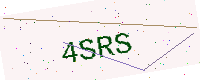
Text: 4SRS